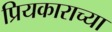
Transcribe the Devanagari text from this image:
प्रियकाराच्या